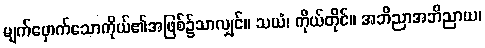
မျက်မှောက်သောကိုယ်၏အဖြစ်၌သာလျှင်။ သယံ၊ ကိုယ်တိုင်။ အဘိညာအဘိညာယ၊